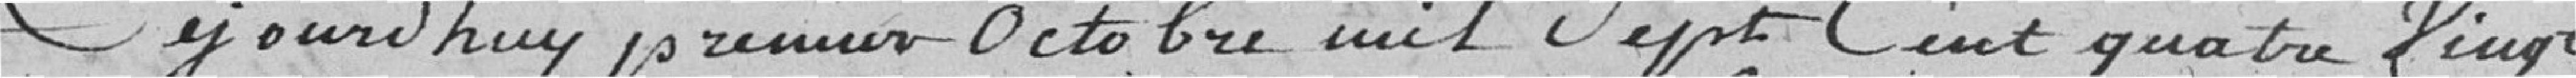
Aujourd'hui premier octobre mil sept cent quatre vingt